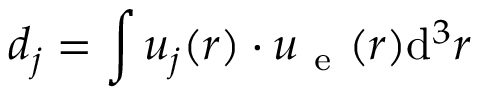
d _ { j } = \int \boldsymbol { u } _ { j } ( \boldsymbol { r } ) \cdot \boldsymbol { u } _ { \mathrm { ~ e ~ } } ( \boldsymbol { r } ) \mathrm { d } ^ { 3 } \boldsymbol { r }